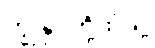
ကျွန်ုပ်တို့ထံသို့